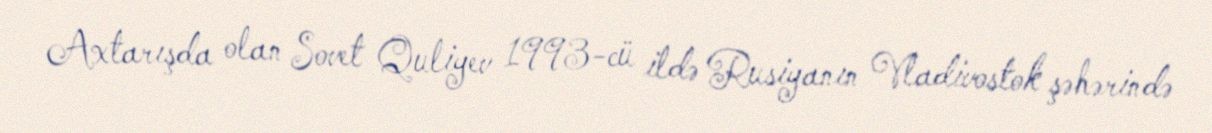
Axtarışda olan Sovet Quliyev 1993-cü ildə Rusiyanın Vladivostok şəhərində